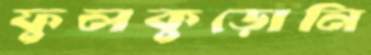
ফুলকুড়োনি